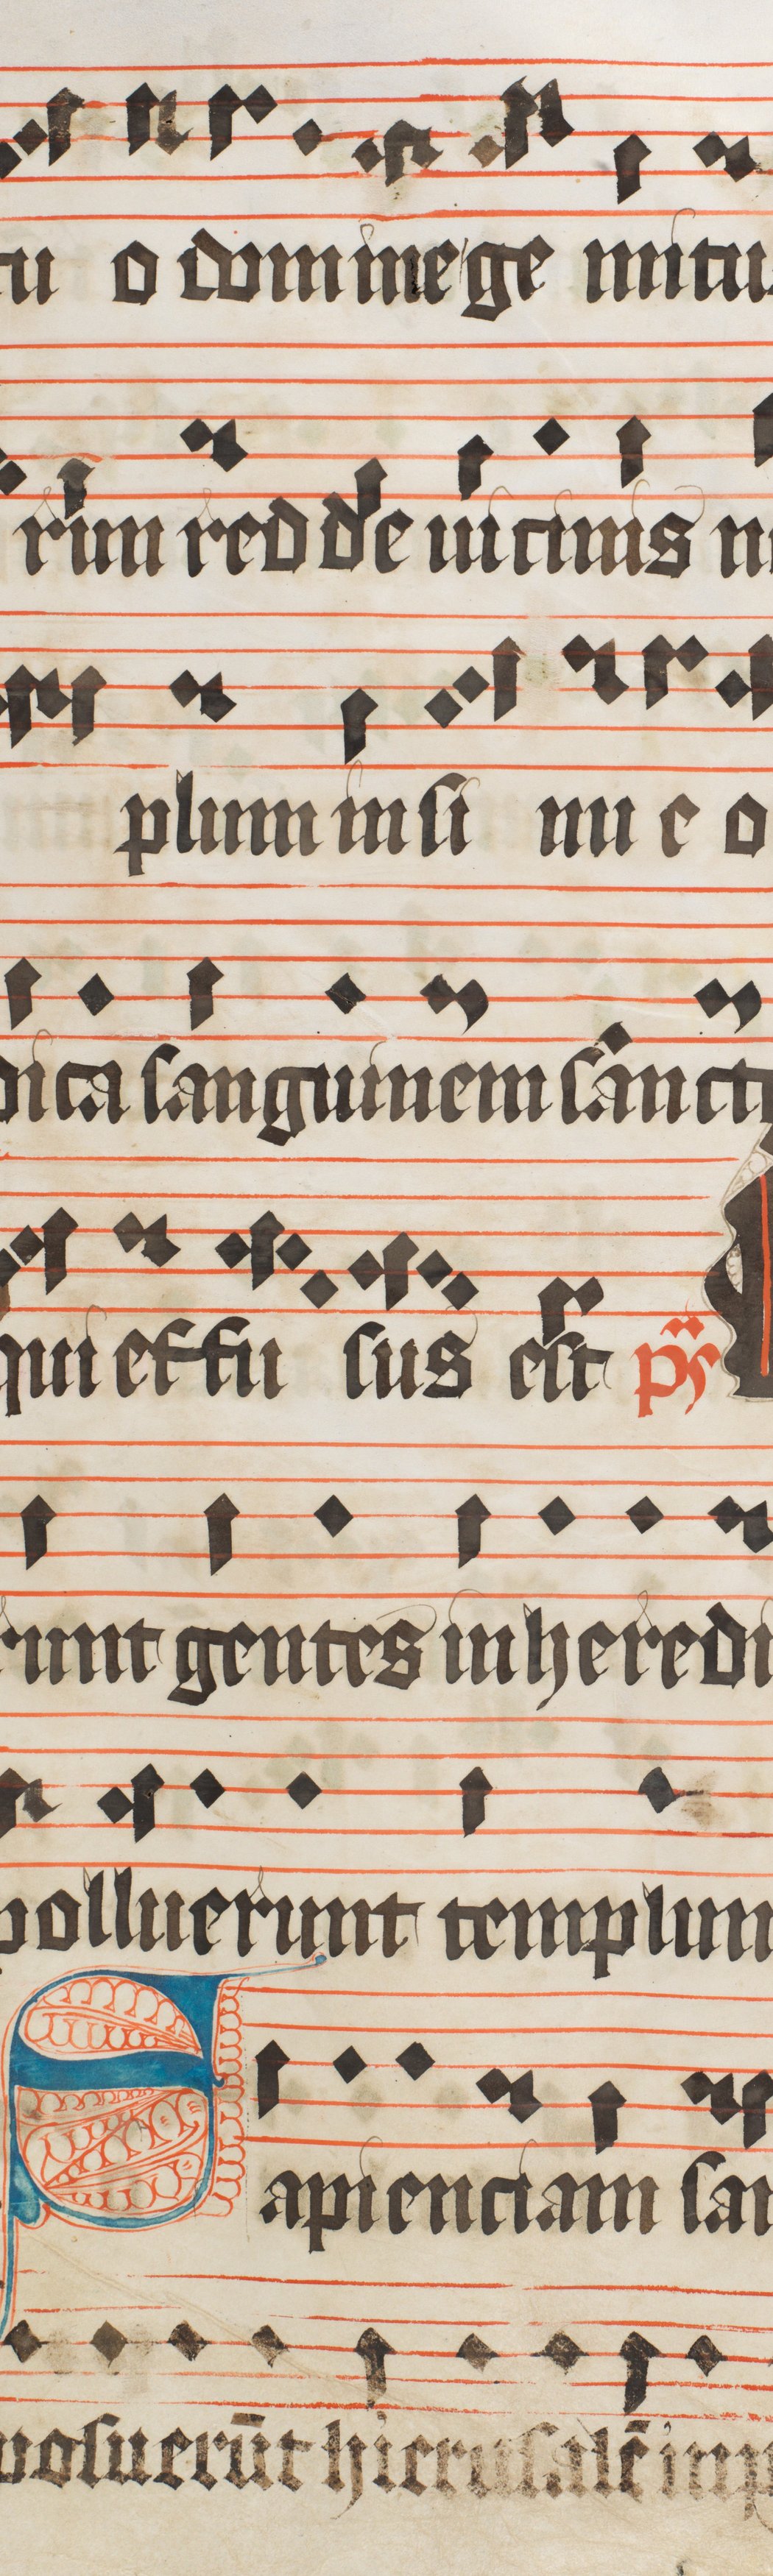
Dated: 1473–1473